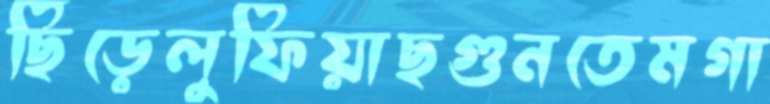
ছিঁড়েলুফিয়াছগুনতেমগা